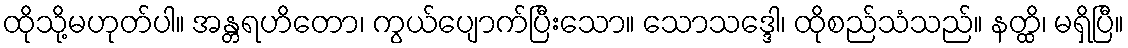
ထိုသို့မဟုတ်ပါ။ အန္တရဟိတော၊ ကွယ်ပျောက်ပြီးသော။ သောသဒ္ဒေါ၊ ထိုစည်သံသည်။ နတ္ထိ၊ မရှိပြီ။